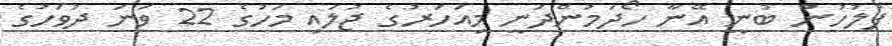
ފުލުހުން ބުނީ އޭނާ ހޯދަމުންދަނީ މިއަހަރުގެ ޖުލައި މަހުގެ 22 ވަނަ ދުވަހުގެ